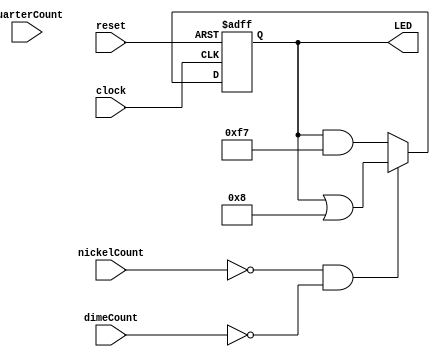
module determineLEDs_zgrankin(clock, reset, nickelCount, dimeCount, quarterCount, LED);

	input clock;
	input reset;
	input [7:0] nickelCount, dimeCount, quarterCount;
	output reg [7:0] LED;
	
	always @(posedge clock or negedge reset) begin
		if (!reset)
			LED = 8'b00001000;
		else begin
			if (nickelCount == 7'd0  && dimeCount == 7'd0)
				LED = LED | 8'b00001000;
			else
				LED = LED & 8'b11110111;
			
		end
	
	end
	
endmodule